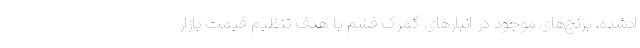
ادشده، برنج‌های موجود در انبارهای گمرک قشم با هدف تنظیم قیمت بازار